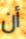
أن